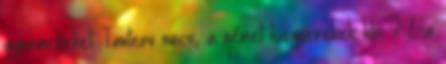
gyermekeket. Tanterv nincs, a német kisgyerekek kb. 7 %-a